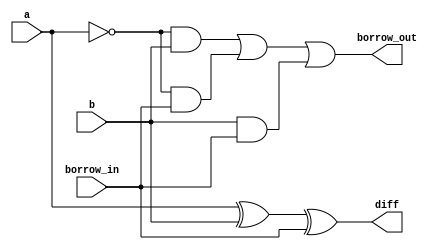
module full_subtractor(input a, b, borrow_in, output diff, borrow_out);
    wire t1, t2, t3,t4,t5,t6;
    xor x1(t1, a, b);
    xor x2(diff, t1, borrow_in);
    and a1(t3, ~a, b);
and a2(t4,~a, borrow_in);
    and a3(t5, b, borrow_in);
    or o2(t6,t3,t4);
    or o1(borrow_out, t6, t5);
endmodule